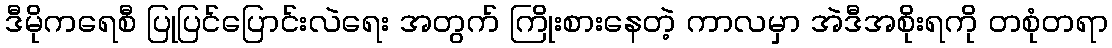
ဒီမိုကရေစီ ပြုပြင်ပြောင်းလဲရေး အတွက် ကြိုးစားနေတဲ့ ကာလမှာ အဲဒီအစိုးရကို တစုံတရာ